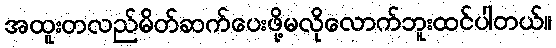
အထူးတလည်မိတ်ဆက်ပေးဖို့မလိုလောက်ဘူးထင်ပါတယ်။